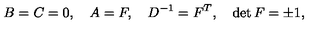
B = C = 0 , \quad A = F , \quad D ^ { - 1 } = F ^ { T } , \quad \det F = \pm 1 ,